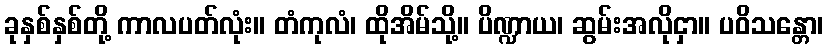
ခုနှစ်နှစ်တို့ ကာလပတ်လုံး။ တံကုလံ၊ ထိုအိမ်သို့။ ပိဏ္ဍာယ၊ ဆွမ်းအလိုငှာ။ ပဝိသန္တော၊